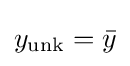
y_{\text{unk}}={\bar {y}}